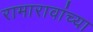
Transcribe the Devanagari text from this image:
रामारावांच्या